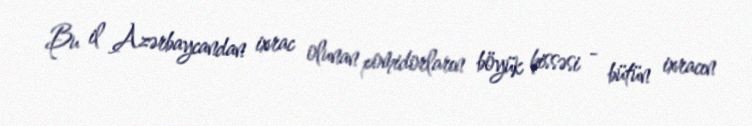
Bu il Azərbaycandan ixrac olunan pomidorların böyük hissəsi - bütün ixracın